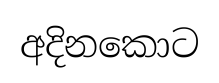
අදිනකොට